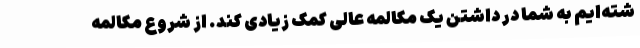
شته‌ایم به شما در داشتن یک مکالمه عالی کمک زیادی کند. از شروع مکالمه